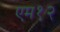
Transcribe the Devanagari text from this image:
एम१२